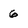
Character: 6